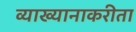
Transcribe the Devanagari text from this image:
व्याख्यानाकरीता